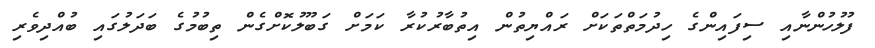
ފުލުހުންނާއި ސިފައިންގެ ހިދުމަތްތަކަށް ރައްޔިތުން އިތުބާރުކުރާ ކަމަށް ގަބޫލުކޮށްގެން ތިބުމުގެ ބަދަލުގައި ބުއްދިވެރި